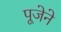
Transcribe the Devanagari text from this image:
पूजेने